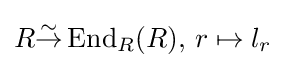
R{\overset {\sim }{\to }}\operatorname {End} _{R}(R),\,r\mapsto l_{r}